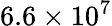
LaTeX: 6.6\times 10^{7}